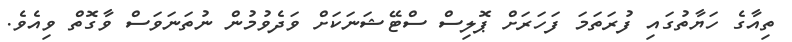
ތިއާގެ ހަޔާތުގައި ފުރަތަމަ ފަހަރަށް ޕޮލިސް ސްޓޭޝަނަކަށް ވަދެވުމުން ނުތަނަވަސް ވާގޮތް ވިއެވެ.